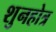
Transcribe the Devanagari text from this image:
शुनहोत्र